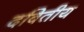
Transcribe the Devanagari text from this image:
दवितीय